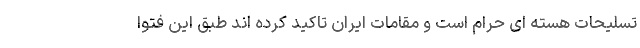
تسلیحات هسته ای حرام است و مقامات ایران تاکید کرده اند طبق این فتوا